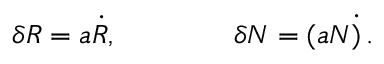
\delta R = a \dot { R } , \qquad \qquad \delta N = ( a N \dot { ) } \, .